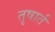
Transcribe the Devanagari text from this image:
तृषार्त